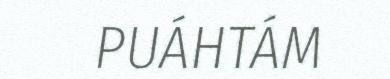
PUÁHTÁM